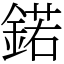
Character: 鍩